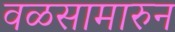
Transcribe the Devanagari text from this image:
वळसामारुन